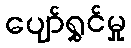
ပျော်ရွှင်မှု